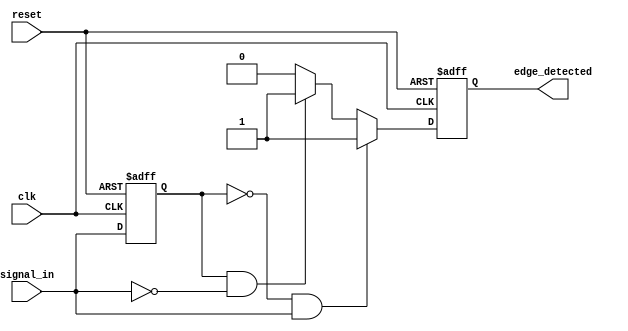
module glitch_free_edge_detector (
    input wire clk,              // Clock input
    input wire reset,            // Asynchronous reset
    input wire signal_in,        // Input signal
    output reg edge_detected     // Output signal indicating edge detection
);
    // Register to store the previous state of signal_in
    reg signal_in_prev;

    // Always block for edge detection and state update
    always @(posedge clk or posedge reset) begin
        if (reset) begin
            signal_in_prev <= 1'b0; // Initialize previous state to low
            edge_detected <= 1'b0;   // Ensure no edge detected on reset
        end else begin
            // Edge detection logic
            if (signal_in_prev == 1'b0 && signal_in == 1'b1) begin
                // Rising edge detected
                edge_detected <= 1'b1;   // Assert edge_detected for rising edge
            end else if (signal_in_prev == 1'b1 && signal_in == 1'b0) begin
                // Falling edge detected
                edge_detected <= 1'b1;   // Assert edge_detected for falling edge
            end else begin
                // No edge detected
                edge_detected <= 1'b0;   // Clear edge_detected otherwise
            end

            // Update previous state
            signal_in_prev <= signal_in;
        end
    end
endmodule